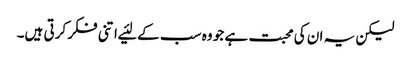
لیکن یہ ان کی محبت ہے جو وہ سب کے لئیے اتنی فکر کرتی ہیں۔